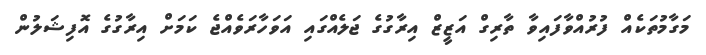
މަގާމުތަކެއް ފުރުއްވާފައިވާ ތާރިގް އަޒީޒް އިރާގުގެ ޖަލެއްގައި އަވަހާރަވެއްޖެ ކަމަށް އިރާގުގެ އޮފިޝަލުން